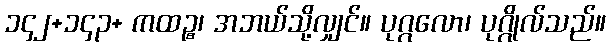
၁၄၂+၁၄၃+ ကထဉ္စ၊ အဘယ်သို့လျှင်။ ပုဂ္ဂလော၊ ပုဂ္ဂိုလ်သည်။